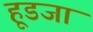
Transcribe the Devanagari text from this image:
हूडजा